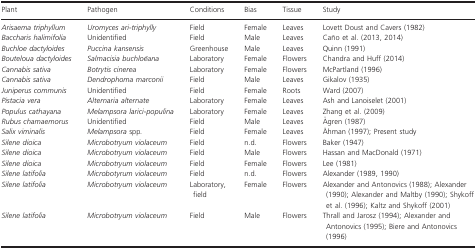
<table><thead><tr><td><b>Plant</b></td><td><b>Pathogen</b></td><td><b>Conditions</b></td><td><b>Bias</b></td><td><b>Tissue</b></td><td><b>Study</b></td></tr></thead><tbody><tr><td><i>Arisaema triphyllum</i></td><td><i>Uromyces ari‐triphylly</i></td><td>Field</td><td>Female</td><td>Leaves</td><td>Lovett Doust and Cavers (1982)</td></tr><tr><td><i>Baccharis halimifolia</i></td><td>Unidentified</td><td>Field</td><td>Male</td><td>Leaves</td><td>Caño et al. (2013, 2014)</td></tr><tr><td><i>Buchloe dactyloides</i></td><td><i>Puccina kansensis</i></td><td>Greenhouse</td><td>Male</td><td>Leaves</td><td>Quinn (1991)</td></tr><tr><td><i>Bouteloua dactyloides</i></td><td><i>Salmacisia buchloëana</i></td><td>Laboratory</td><td>Female</td><td>Flowers</td><td>Chandra and Huff (2014)</td></tr><tr><td><i>Cannabis sativa</i></td><td><i>Botrytis cinerea</i></td><td>Laboratory</td><td>Female</td><td>Flowers</td><td>McPartland (1996)</td></tr><tr><td><i>Cannabis sativa</i></td><td><i>Dendrophoma marconii</i></td><td>Field</td><td>Male</td><td>Leaves</td><td>Gikalov (1935)</td></tr><tr><td><i>Juniperus communis</i></td><td>Unidentified</td><td>Field</td><td>Female</td><td>Roots</td><td>Ward (2007)</td></tr><tr><td><i>Pistacia vera</i></td><td><i>Alternaria alternate</i></td><td>Laboratory</td><td>Female</td><td>Leaves</td><td>Ash and Lanoiselet (2001)</td></tr><tr><td><i>Populus cathayana</i></td><td><i>Melampsora larici‐populina</i></td><td>Laboratory</td><td>Female</td><td>Leaves</td><td>Zhang et al. (2009)</td></tr><tr><td><i>Rubus chamaemorus</i></td><td>Unidentified</td><td>Field</td><td>Male</td><td>Leaves</td><td>Ågren (1987)</td></tr><tr><td><i>Salix viminalis</i></td><td><i>Melampsora</i> spp.</td><td>Field</td><td>Female</td><td>Leaves</td><td>Åhman (1997); Present study</td></tr><tr><td><i>Silene dioica</i></td><td><i>Microbotryum violaceum</i></td><td>Field</td><td>n.d.</td><td>Flowers</td><td>Baker (1947)</td></tr><tr><td><i>Silene dioica</i></td><td><i>Microbotryum violaceum</i></td><td>Field</td><td>Male</td><td>Flowers</td><td>Hassan and MacDonald (1971)</td></tr><tr><td><i>Silene dioica</i></td><td><i>Microbotryum violaceum</i></td><td>Field</td><td>Female</td><td>Flowers</td><td>Lee (1981)</td></tr><tr><td><i>Silene latifolia</i></td><td><i>Microbotyrum violaceum</i></td><td>Field</td><td>n.d.</td><td>Flowers</td><td>Alexander (1989, 1990)</td></tr><tr><td><i>Silene latifolia</i></td><td><i>Microbotryum violaceum</i></td><td>Laboratory, field</td><td>Female</td><td>Flowers</td><td>Alexander and Antonovics (1988); Alexander (1990); Alexander and Maltby (1990); Shykoff et al. (1996); Kaltz and Shykoff (2001)</td></tr><tr><td><i>Silene latifolia</i></td><td><i>Microbotryum violaceum</i></td><td>Field</td><td>Male</td><td>Flowers</td><td>Thrall and Jarosz (1994); Alexander and Antonovics (1995); Biere and Antonovics (1996)</td></tr></tbody></table>